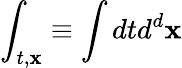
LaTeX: \int_{t,{\mathbf x}}\equiv\int dtd^{d}{\mathbf x}